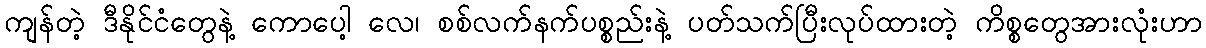
ကျန်တဲ့ ဒီနိုင်ငံတွေနဲ့ ကောပေါ့ လေ၊ စစ်လက်နက်ပစ္စည်းနဲ့ ပတ်သက်ပြီးလုပ်ထားတဲ့ ကိစ္စတွေအားလုံးဟာ